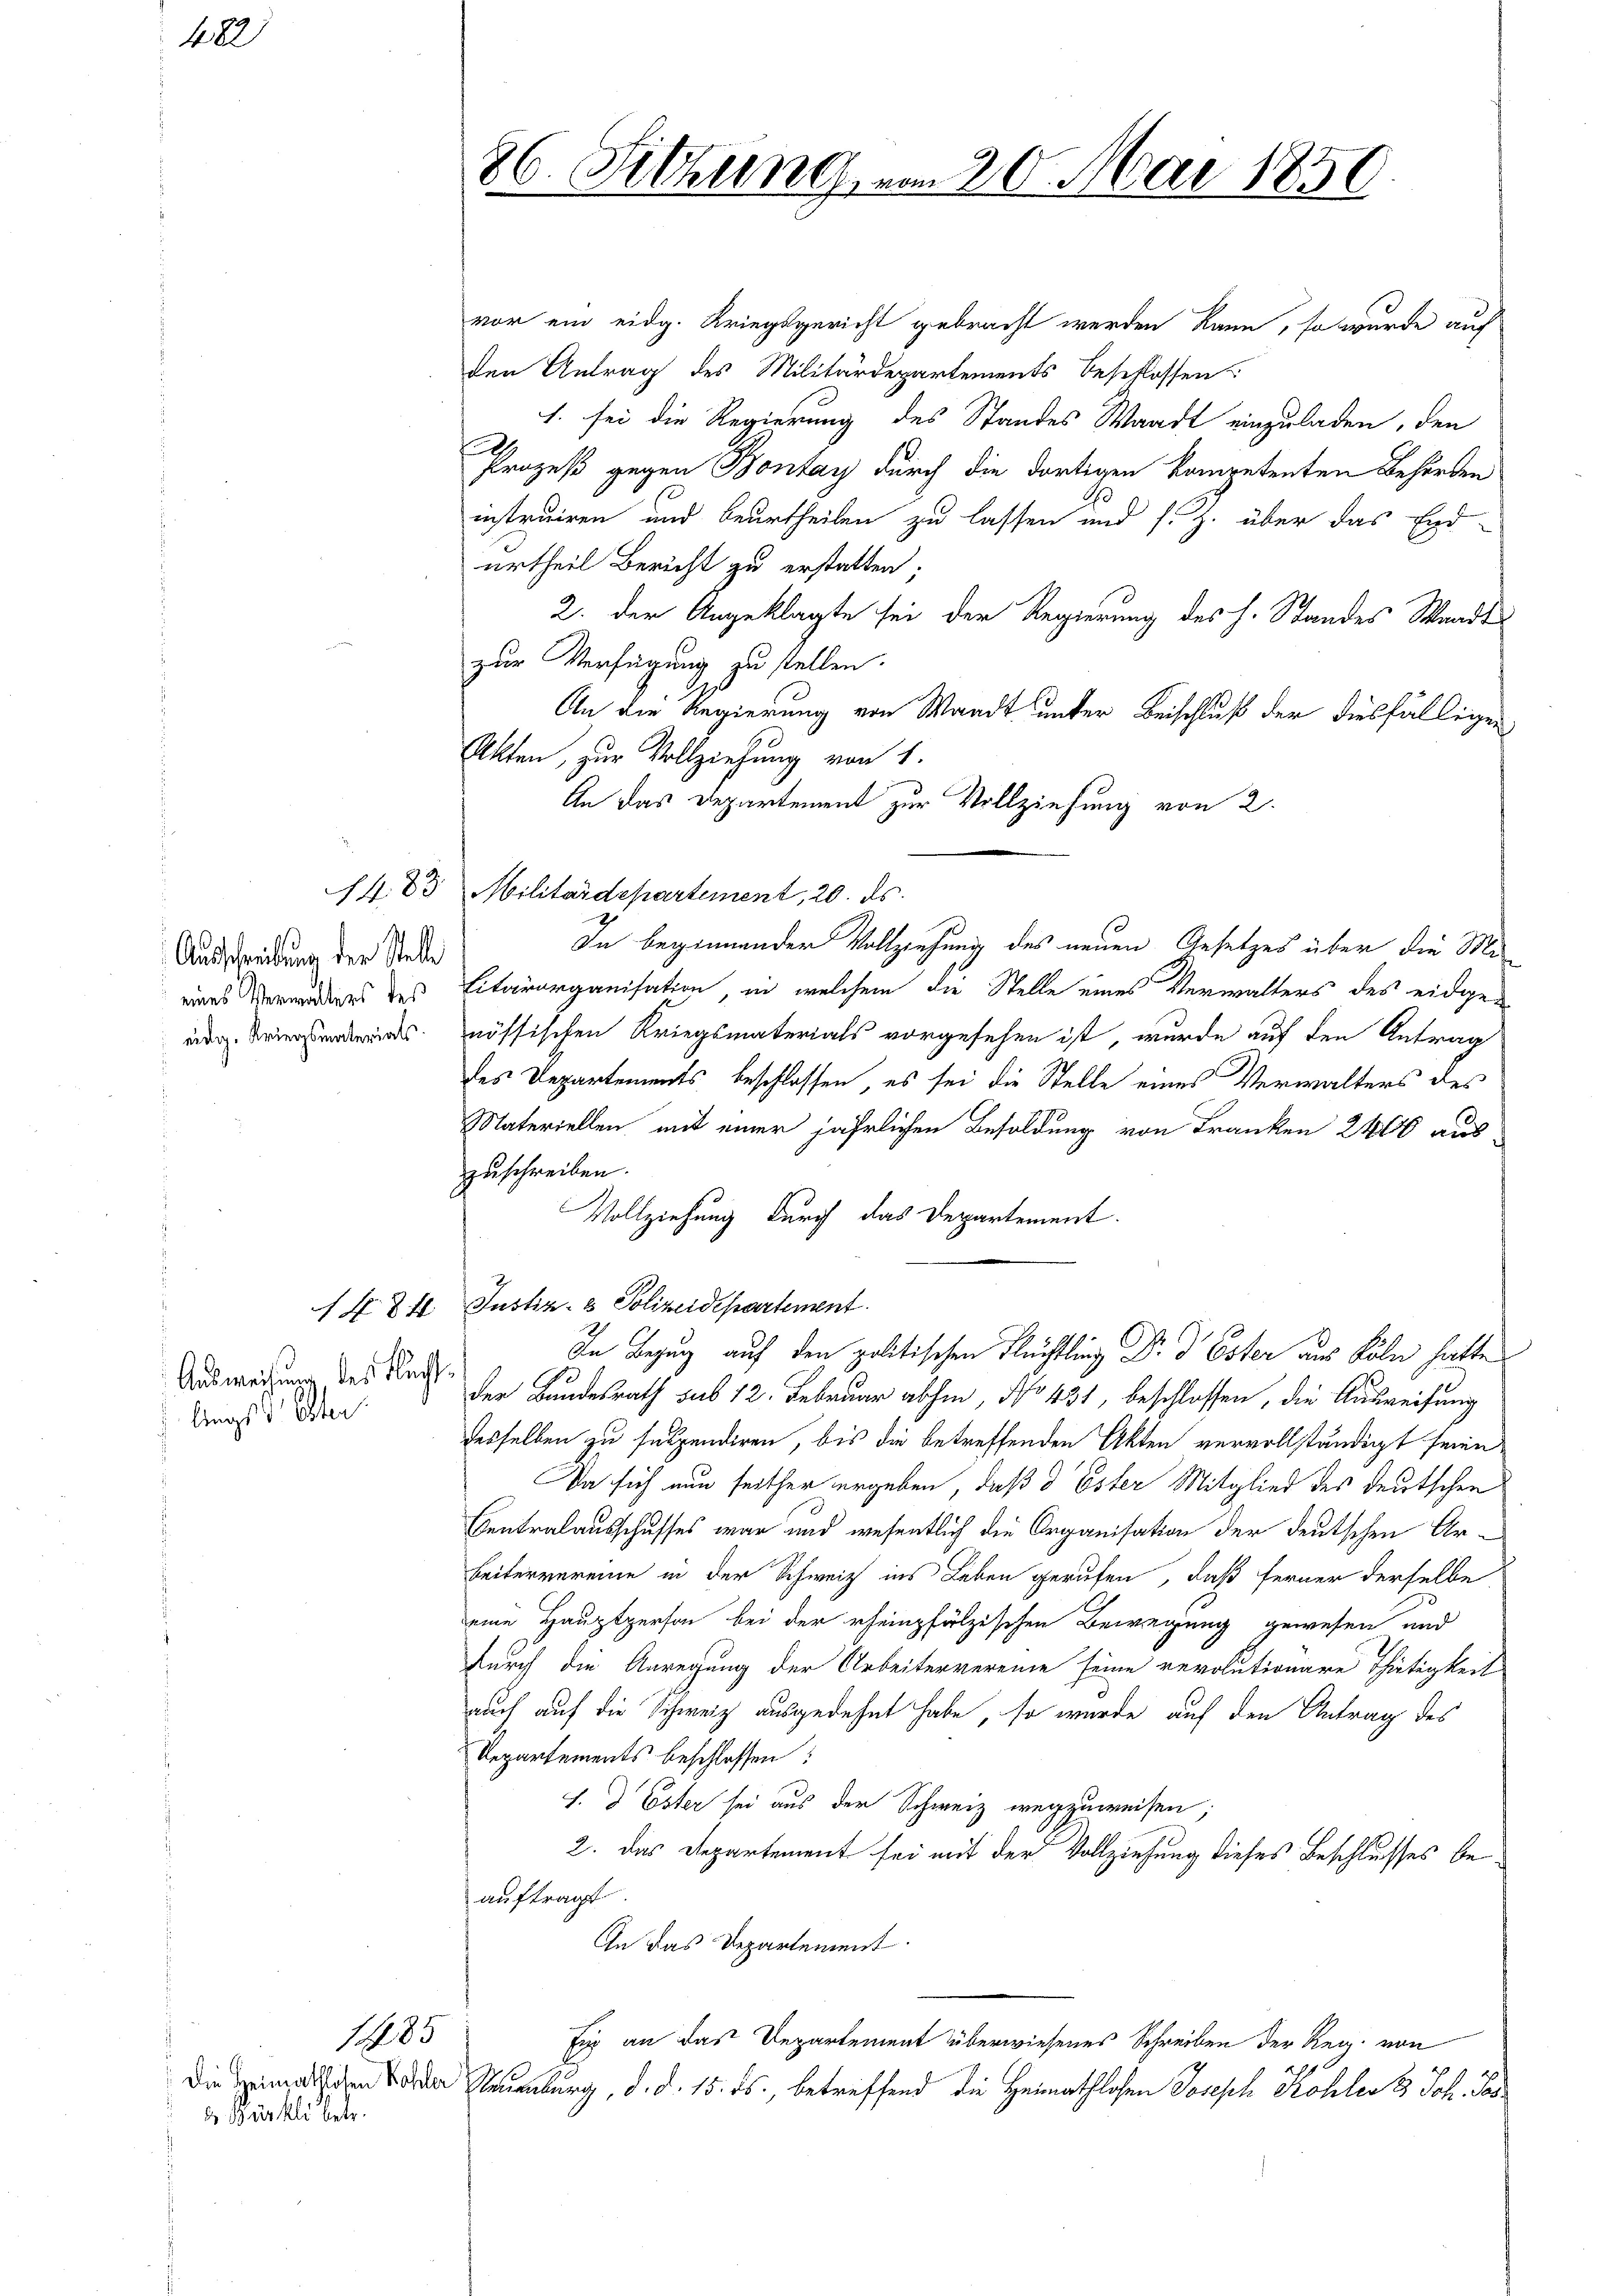
482

Ausschreibung der Stelle
eines Verwalters des
eidg. Kriegsmaterials

Ausweisung des Flucht
lings Oster

. 83.

die Heimathlosen Kohler
3 Bürkli betr.

185

86. Sitzung, vom 20. Mai 1850

vor ein eidg. Kriegsgericht gebracht werden kann, so wurde auf
den Antrag des Militärdepartements beschlossen
1. sei die Regierung des Standes Waadt einzuladen, den
A
Prozeß gegen Bonzay durch die dortigen kompetenten Behörden
instruiren und beurtheilen zu lassen und s. Z. über das End-
urtheil Bericht zu erstatten;
2. der Angeklagte sei der Regierung des H. Standes Waadt
zur Verfügung zu stellen.
An die Regierung von Waadt unter Beischluß der diesfälligen
Akten, zur Vollziehung von 1.
An das Departement zur Vollziehung von 2.
Militärdepartement, 20. ds.
Litärorganisation, in welchem die Stelle eines Verwalters des eidge-
nössischen Kriegsmaterials vorgesehen ist, wurde auf den Antrag
des Departements beschlossen, es sei die Stelle eines Verwalters des
Materiellen mit einer jährlichen Besoldung von Franken 2400 aus
zuschreiben.
Vollziehung durch das Departement.
X § 4. Justiz- & Polizeidepartement
In Bezug auf den politischen Flüchtling Dr. d. Ester aus Köln hatte
der Bundesrath sub 12. Februar abhin, No 431, beschlossen, die Ausweisung
desselben zu suspendiren, bis die betreffenden Akten vervollständigt seien
Da sich nun seither ergeben, daß d Ester Mitglied des deutschen
Sentralausschusses war und wesentlich die Organisation der deutschen Ar¬
Beitervereine in der Schweiz ins Leben gerufen, daß ferner derselbe
eine Hauptperson bei der rheinpfälzischen Bewegung gewesen und
durch die Anregung der Arbeitervereine seine revolutionare Thätigkeit
auch auf die Schweiz ausgedehnt habe, so wurde auf den Antrag des
Departements beschlossen:
1.  Ester sei aus der Schweiz wegzuweisen;
2. das Departement sei mit der Vollziehung dieses Beschlusses beauftragt.
In das Departement
für an das Departement überwiesenes Schreiben der Reg. von
Neuenburg, d. d. 15. ds., betreffend die Heimathlosen Joseph Kohler 8 Joh. Jas¬

In beginnender Vollziehung des neuen Gesetzes über die Ma¬